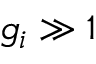
g _ { i } \gg 1